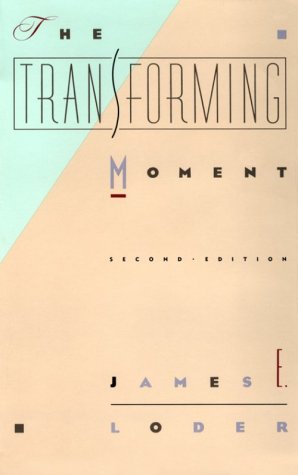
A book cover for The Transforming Moment; James  E. Loder; Religion & Spirituality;